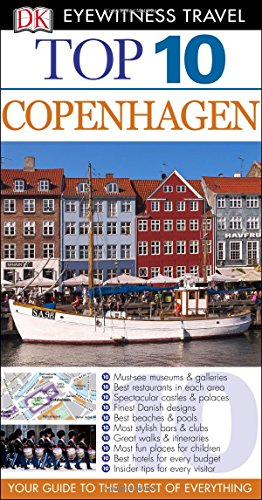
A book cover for Top 10 Copenhagen (Eyewitness Top 10 Travel Guide); Antonia Cunningham; Travel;